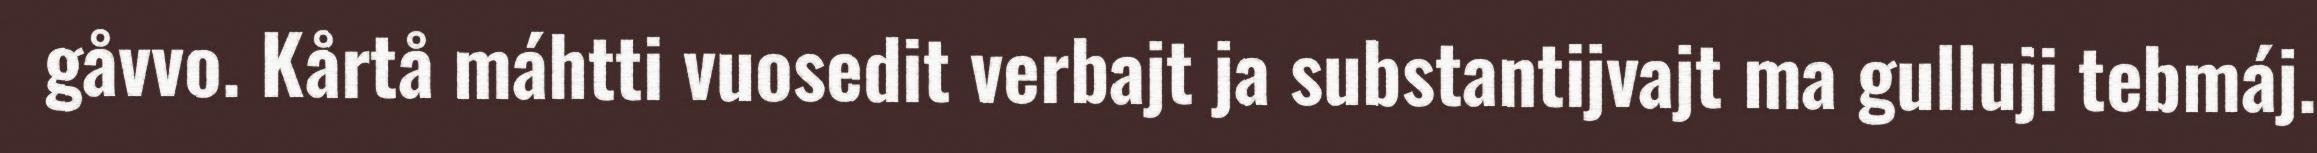
gåvvo. Kårtå máhtti vuosedit verbajt ja substantijvajt ma gulluji tebmáj.